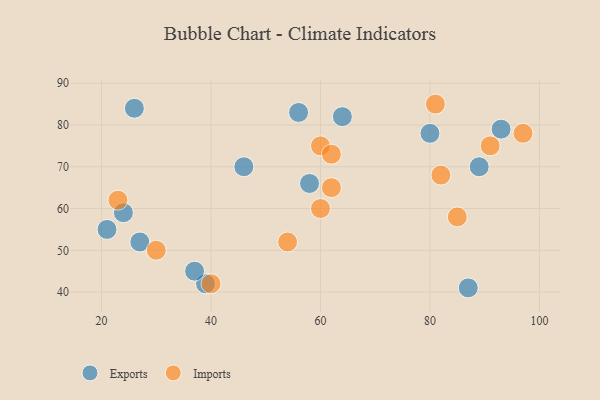
{"axis": {"x": "GDP", "y": "Life Expectancy"}, "legend": ["Exports", "Imports"], "data": [{"x": "26", "y": 84, "type": "Exports"}, {"x": "24", "y": 59, "type": "Exports"}, {"x": "56", "y": 83, "type": "Exports"}, {"x": "46", "y": 70, "type": "Exports"}, {"x": "27", "y": 52, "type": "Exports"}, {"x": "93", "y": 79, "type": "Exports"}, {"x": "58", "y": 66, "type": "Exports"}, {"x": "39", "y": 42, "type": "Exports"}, {"x": "21", "y": 55, "type": "Exports"}, {"x": "80", "y": 78, "type": "Exports"}, {"x": "89", "y": 70, "type": "Exports"}, {"x": "64", "y": 82, "type": "Exports"}, {"x": "87", "y": 41, "type": "Exports"}, {"x": "37", "y": 45, "type": "Exports"}, {"x": "60", "y": 60, "type": "Imports"}, {"x": "82", "y": 68, "type": "Imports"}, {"x": "60", "y": 75, "type": "Imports"}, {"x": "91", "y": 75, "type": "Imports"}, {"x": "97", "y": 78, "type": "Imports"}, {"x": "23", "y": 62, "type": "Imports"}, {"x": "81", "y": 85, "type": "Imports"}, {"x": "62", "y": 65, "type": "Imports"}, {"x": "85", "y": 58, "type": "Imports"}, {"x": "54", "y": 52, "type": "Imports"}, {"x": "40", "y": 42, "type": "Imports"}, {"x": "62", "y": 73, "type": "Imports"}, {"x": "30", "y": 50, "type": "Imports"}]}